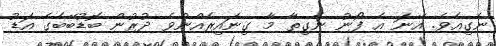
ނެގިއެވެ. އޭނަ އެ ފޯނު ނެގިތާ މާ ގިނައިރެއްނުވެ ދުރުން ބޮޑުބޭބެގެ އަޑު